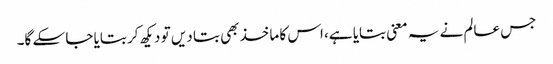
جس عالم نے یہ معنی بتایا ہے، اس کا ماخذ بھی بتا دیں تو دیکھ کر بتایا جا سکے گا۔